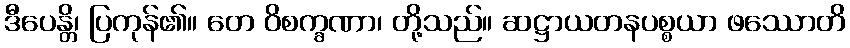
ဒီပေန္တိ၊ ပြကုန်၏။ တေ ဝိစက္ခဏာ၊ တို့သည်။ ဆဋ္ဌာယတနပစ္စယာ ဖဿောတိ